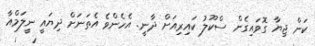
ކަން ޖިޔާ ގޮވައިގެން ސްކޫލު ކައިރިއަށް ދާނީ. އެހެންވެ އެތަނަށް ދިޔައީ ނީލަމްއާ